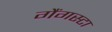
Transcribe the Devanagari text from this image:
गैंगस्टा